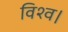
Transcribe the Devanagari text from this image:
विश्व।